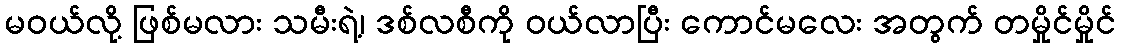
မဝယ်လို့ ဖြစ်မလား သမီးရဲ့၊ ဒစ်လစီကို ဝယ်လာပြီး ကောင်မလေး အတွက် တမှိုင်မှိုင်